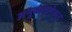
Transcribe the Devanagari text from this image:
अनुवादलेखन